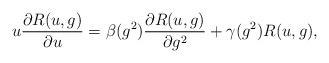
LaTeX: \begin{align*}u\frac{\partial R(u,g)}{\partial u}= \beta (g^2)\frac{\partial R(u,g)}{\partial g^2} +\gamma (g^2)R(u,g),\end{align*}